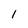
Character: 1